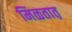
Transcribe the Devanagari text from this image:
मिळतात़